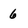
Character: 6